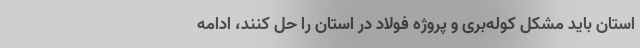
استان باید مشکل کوله‌بری و پروژه فولاد در استان را حل کنند، ادامه